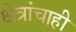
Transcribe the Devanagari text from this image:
क्षेत्रांचाही